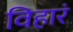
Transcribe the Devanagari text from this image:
विहारं